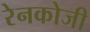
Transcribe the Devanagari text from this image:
रेनकोजी